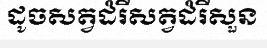
ដូចសត្វដំរីសត្វដំរីសួន